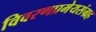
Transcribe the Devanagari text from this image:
विवरणप्रमेयसंग्रह